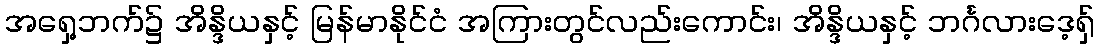
အရှေ့ဘက်၌ အိန္ဒိယနှင့် မြန်မာနိုင်ငံ အကြားတွင်လည်းကောင်း၊ အိန္ဒိယနှင့် ဘင်္ဂလားဒေ့ရှ်